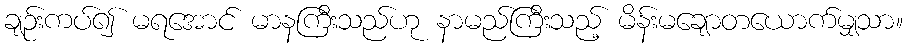
ချဉ်းကပ်၍ မရအောင် မာနကြီးသည်ဟု နာမည်ကြီးသည့် မိန်းမချောတယောက်မျှသာ။